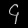
Digit: ၄